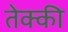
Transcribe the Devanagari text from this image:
तेक्की